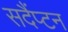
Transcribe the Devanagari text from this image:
सदैंप्टन